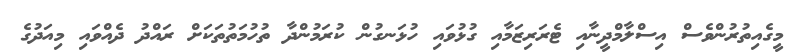
މީގެއިތުރުންވެސް އިސްލާމްދީނާއި ޓެރަރިޒަމާއި ގުޅުވައި ހުޅަނގުން ކުރަމުންދާ ތުހުމަތުތަކަށް ރައްދު ދެއްވައި މިއަދުގެ